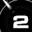
Digit: 2